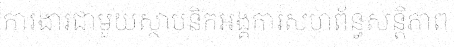
ការងារជាមួយស្ថាបនិកអង្គការសហព័ន្ធសន្តិភាព